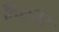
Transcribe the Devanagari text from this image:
तिरुचर